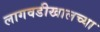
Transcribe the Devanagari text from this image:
लागवडीखालच्या